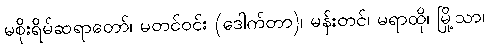
မစိုးရိမ်ဆရာတော်၊ မတင်ဝင်း (ဒေါက်တာ)၊ မန်းတင်၊ မရာထို၊ မြို့သာ၊